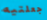
جعلتيه